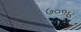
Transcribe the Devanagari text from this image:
७०१४